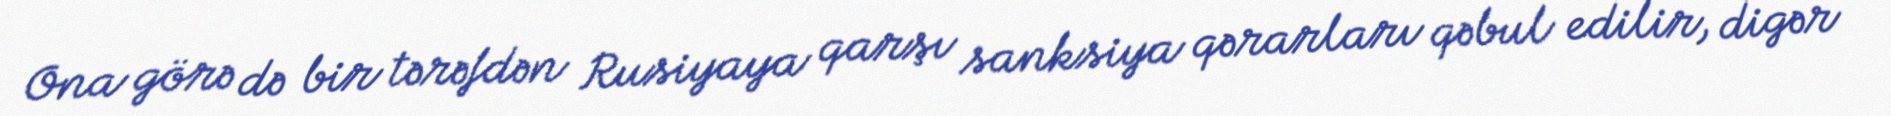
Ona görə də bir tərəfdən Rusiyaya qarşı sanksiya qərarları qəbul edilir, digər